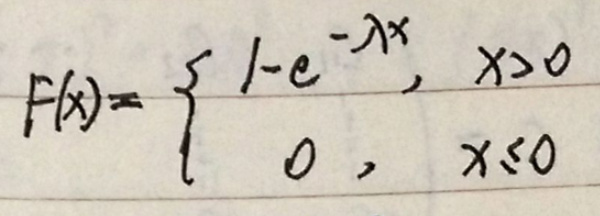
\[
F(x)=
\begin{cases}
1 - e^{-\lambda x}, & x > 0 \\
0, & x \leq 0
\end{cases}
\]